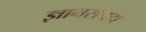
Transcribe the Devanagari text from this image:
ज्ञानसंपदा